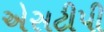
એસટીપી